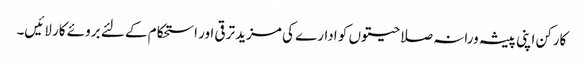
کارکن اپنی پیشہ ورانہ صلاحیتوں کو ادارے کی مزید ترقی اور استحکام کے لئے بروئے کار لائیں۔